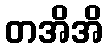
တအိအိ